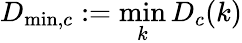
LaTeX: D_{\operatorname*{min},c}:=\operatorname*{min}_{k}D_{c}(k)